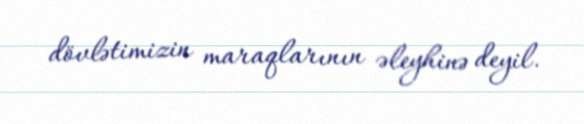
dövlətimizin maraqlarının əleyhinə deyil.